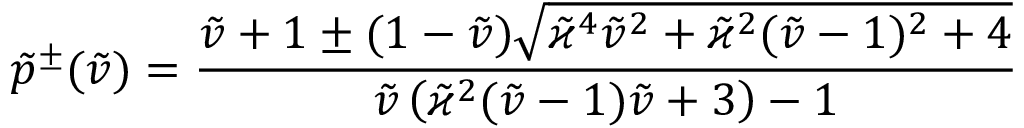
\tilde { p } ^ { \pm } ( \tilde { v } ) = \frac { \tilde { v } + 1 \pm ( 1 - \tilde { v } ) \sqrt { \tilde { \varkappa } ^ { 4 } \tilde { v } ^ { 2 } + \tilde { \varkappa } ^ { 2 } ( \tilde { v } - 1 ) ^ { 2 } + 4 } } { \tilde { v } \left( \tilde { \varkappa } ^ { 2 } ( \tilde { v } - 1 ) \tilde { v } + 3 \right) - 1 }